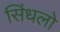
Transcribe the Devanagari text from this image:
सिंधलो